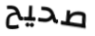
صحيح